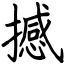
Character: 撼